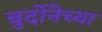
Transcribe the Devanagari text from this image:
बुर्दोनेच्या